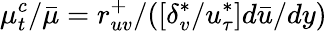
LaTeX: \mu_{t}^{c}/\bar{\mu}=r_{uv}^{+}/([\delta_{v}^{*}/u_{\tau}^{*}]d\bar{u}/dy)